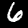
Label: 6